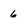
Character: 6